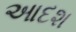
આદશ